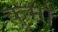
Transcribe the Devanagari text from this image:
कूर्मा